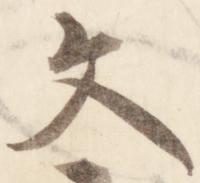
文